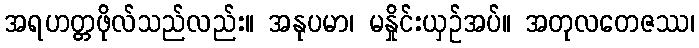
အရဟတ္တဖိုလ်သည်လည်း။ အနုပမာ၊ မနှိုင်းယှဉ်အပ်။ အတုလတေဇဿ၊